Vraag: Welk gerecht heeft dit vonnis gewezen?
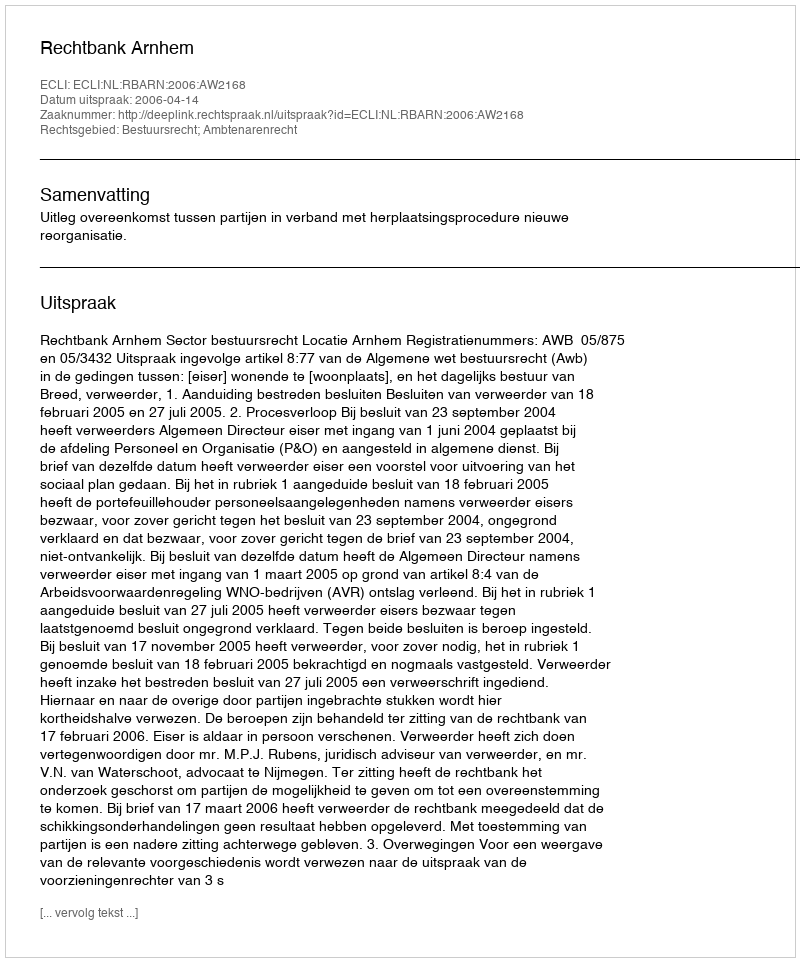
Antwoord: Rechtbank Arnhem